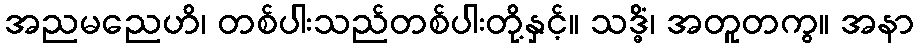
အညမညေဟိ၊ တစ်ပါးသည်တစ်ပါးတို့နှင့်။ သဒ္ဓိံ၊ အတူတကွ။ အနာ